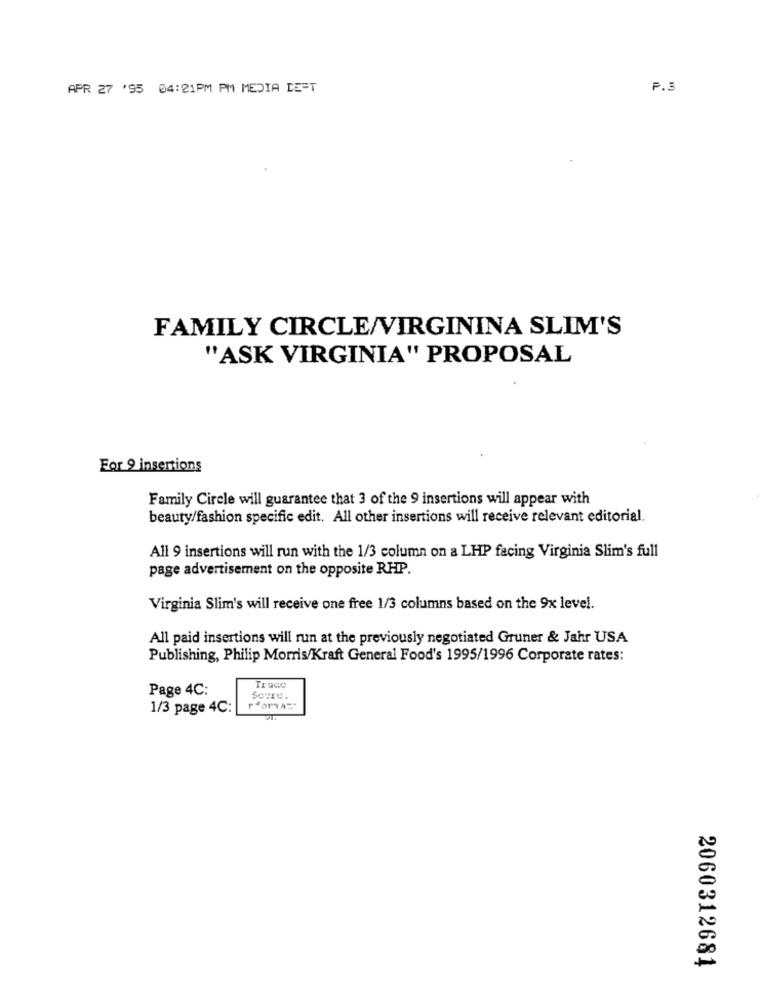
APR 27 '95 04:21PM PM MEDIA DE=T
P.3
FAMILY CIRCLE/VIRGININA SLIM'S
"ASK VIRGINIA" PROPOSAL
For 9 insertions
Family Circle will guarantee that 3 of the 9 insertions will appear with
beauty/fashion specific edit. All other insertions will receive relevant editorial.
All 9 insertions will run with the 1/3 column on a LHP facing Virginia Slim's full
page advertisement on the opposite RHP.
Virginia Slim's will receive one free 1/3 columns based on the 9x level.
All paid insertions will run at the previously negotiated Gruner & Jahr USA
Publishing, Philip Morris/Kraft General Food's 1995/1996 Corporate rates:
Page 4C:
Truac
Souro.
1/3 page 4C:
r forYAT"
2060312681